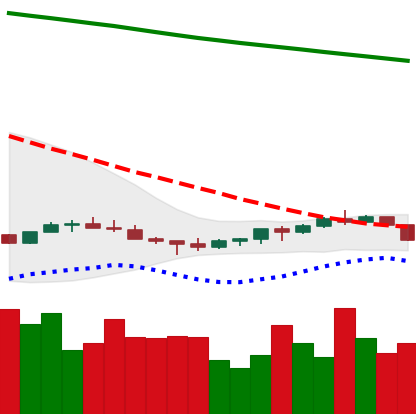
Ticker: EOS-USD
Chart end date: 2022-07-11
Forward return: 7.037%
Label: up_7plus